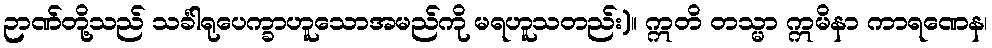
ဉာဏ်တို့သည် သင်္ခါရုပေက္ခာဟူသောအမည်ကို မရဟူသတည်း)။ ဣတိ တသ္မာ ဣမိနာ ကာရဏေန၊